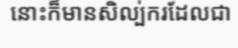
នោះក៏មានសិល្ប់ករដែលជា